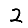
Digit: 2